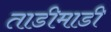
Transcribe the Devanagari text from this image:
ताडीमाडी